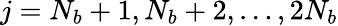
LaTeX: j=N_{b}+1,N_{b}+2,\dots,2N_{b}